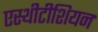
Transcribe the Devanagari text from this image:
एस्थीटीशियन